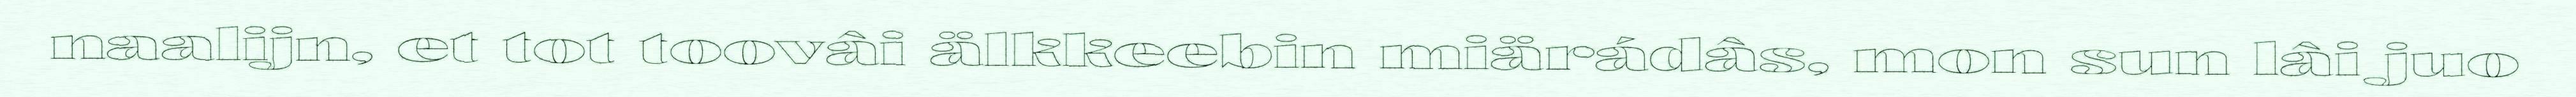
naalijn, et tot toovâi älkkeebin miärádâs, mon sun lâi juo